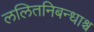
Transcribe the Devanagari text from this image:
ललितनिबन्धाश्च